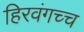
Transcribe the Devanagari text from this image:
हिरवंगच्च